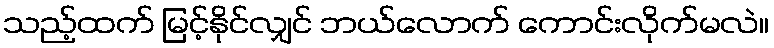
သည့်ထက် မြင့်နိုင်လျှင် ဘယ်လောက် ကောင်းလိုက်မလဲ။